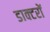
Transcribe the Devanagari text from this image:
डाक्‍टरों